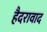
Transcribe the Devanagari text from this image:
हैदरावाद